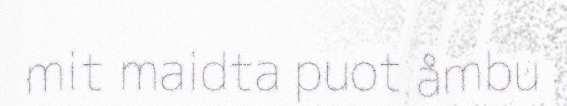
mit maidta puot åmbu